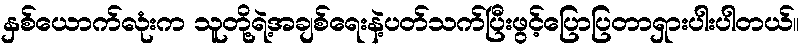
နှစ်ယောက်လုံးက သူတို့ရဲ့အချစ်ရေးနဲ့ပတ်သက်ပြီးဖွင့်ပြောပြတာရှားပါးပါတယ်။